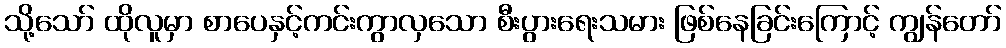
သို့သော် ထိုလူမှာ စာပေနှင့်ကင်းကွာလှသော စီးပွားရေးသမား ဖြစ်နေခြင်းကြောင့် ကျွန်တော်